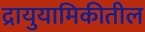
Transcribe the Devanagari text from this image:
द्रायुयामिकीतील